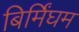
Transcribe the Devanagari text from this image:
बिर्मिंघम